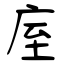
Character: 庢